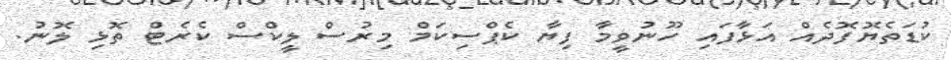
ކުޑަތެޔޮފޮދެއް އަޅާފައި ހޫނުވީމާ ފިޔާ ކެޕްސިކަމް މިރުސް ލީކްސް ކެރެޓް ތޮޅި ލޮނު.